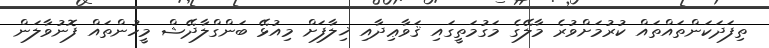
ތިފަދަކަންތައްތައް ކުރުމަށްވުރެ މާލޭގެ މަގުމަތީގައި ޤަވާޢިދާއި ޚިލާފަށް މިއުޅޭ ބަންގްލާދޭޝް މީހުންތައް ފޮނުވާލަން